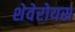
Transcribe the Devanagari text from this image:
शेवेरोयस